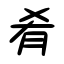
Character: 肴